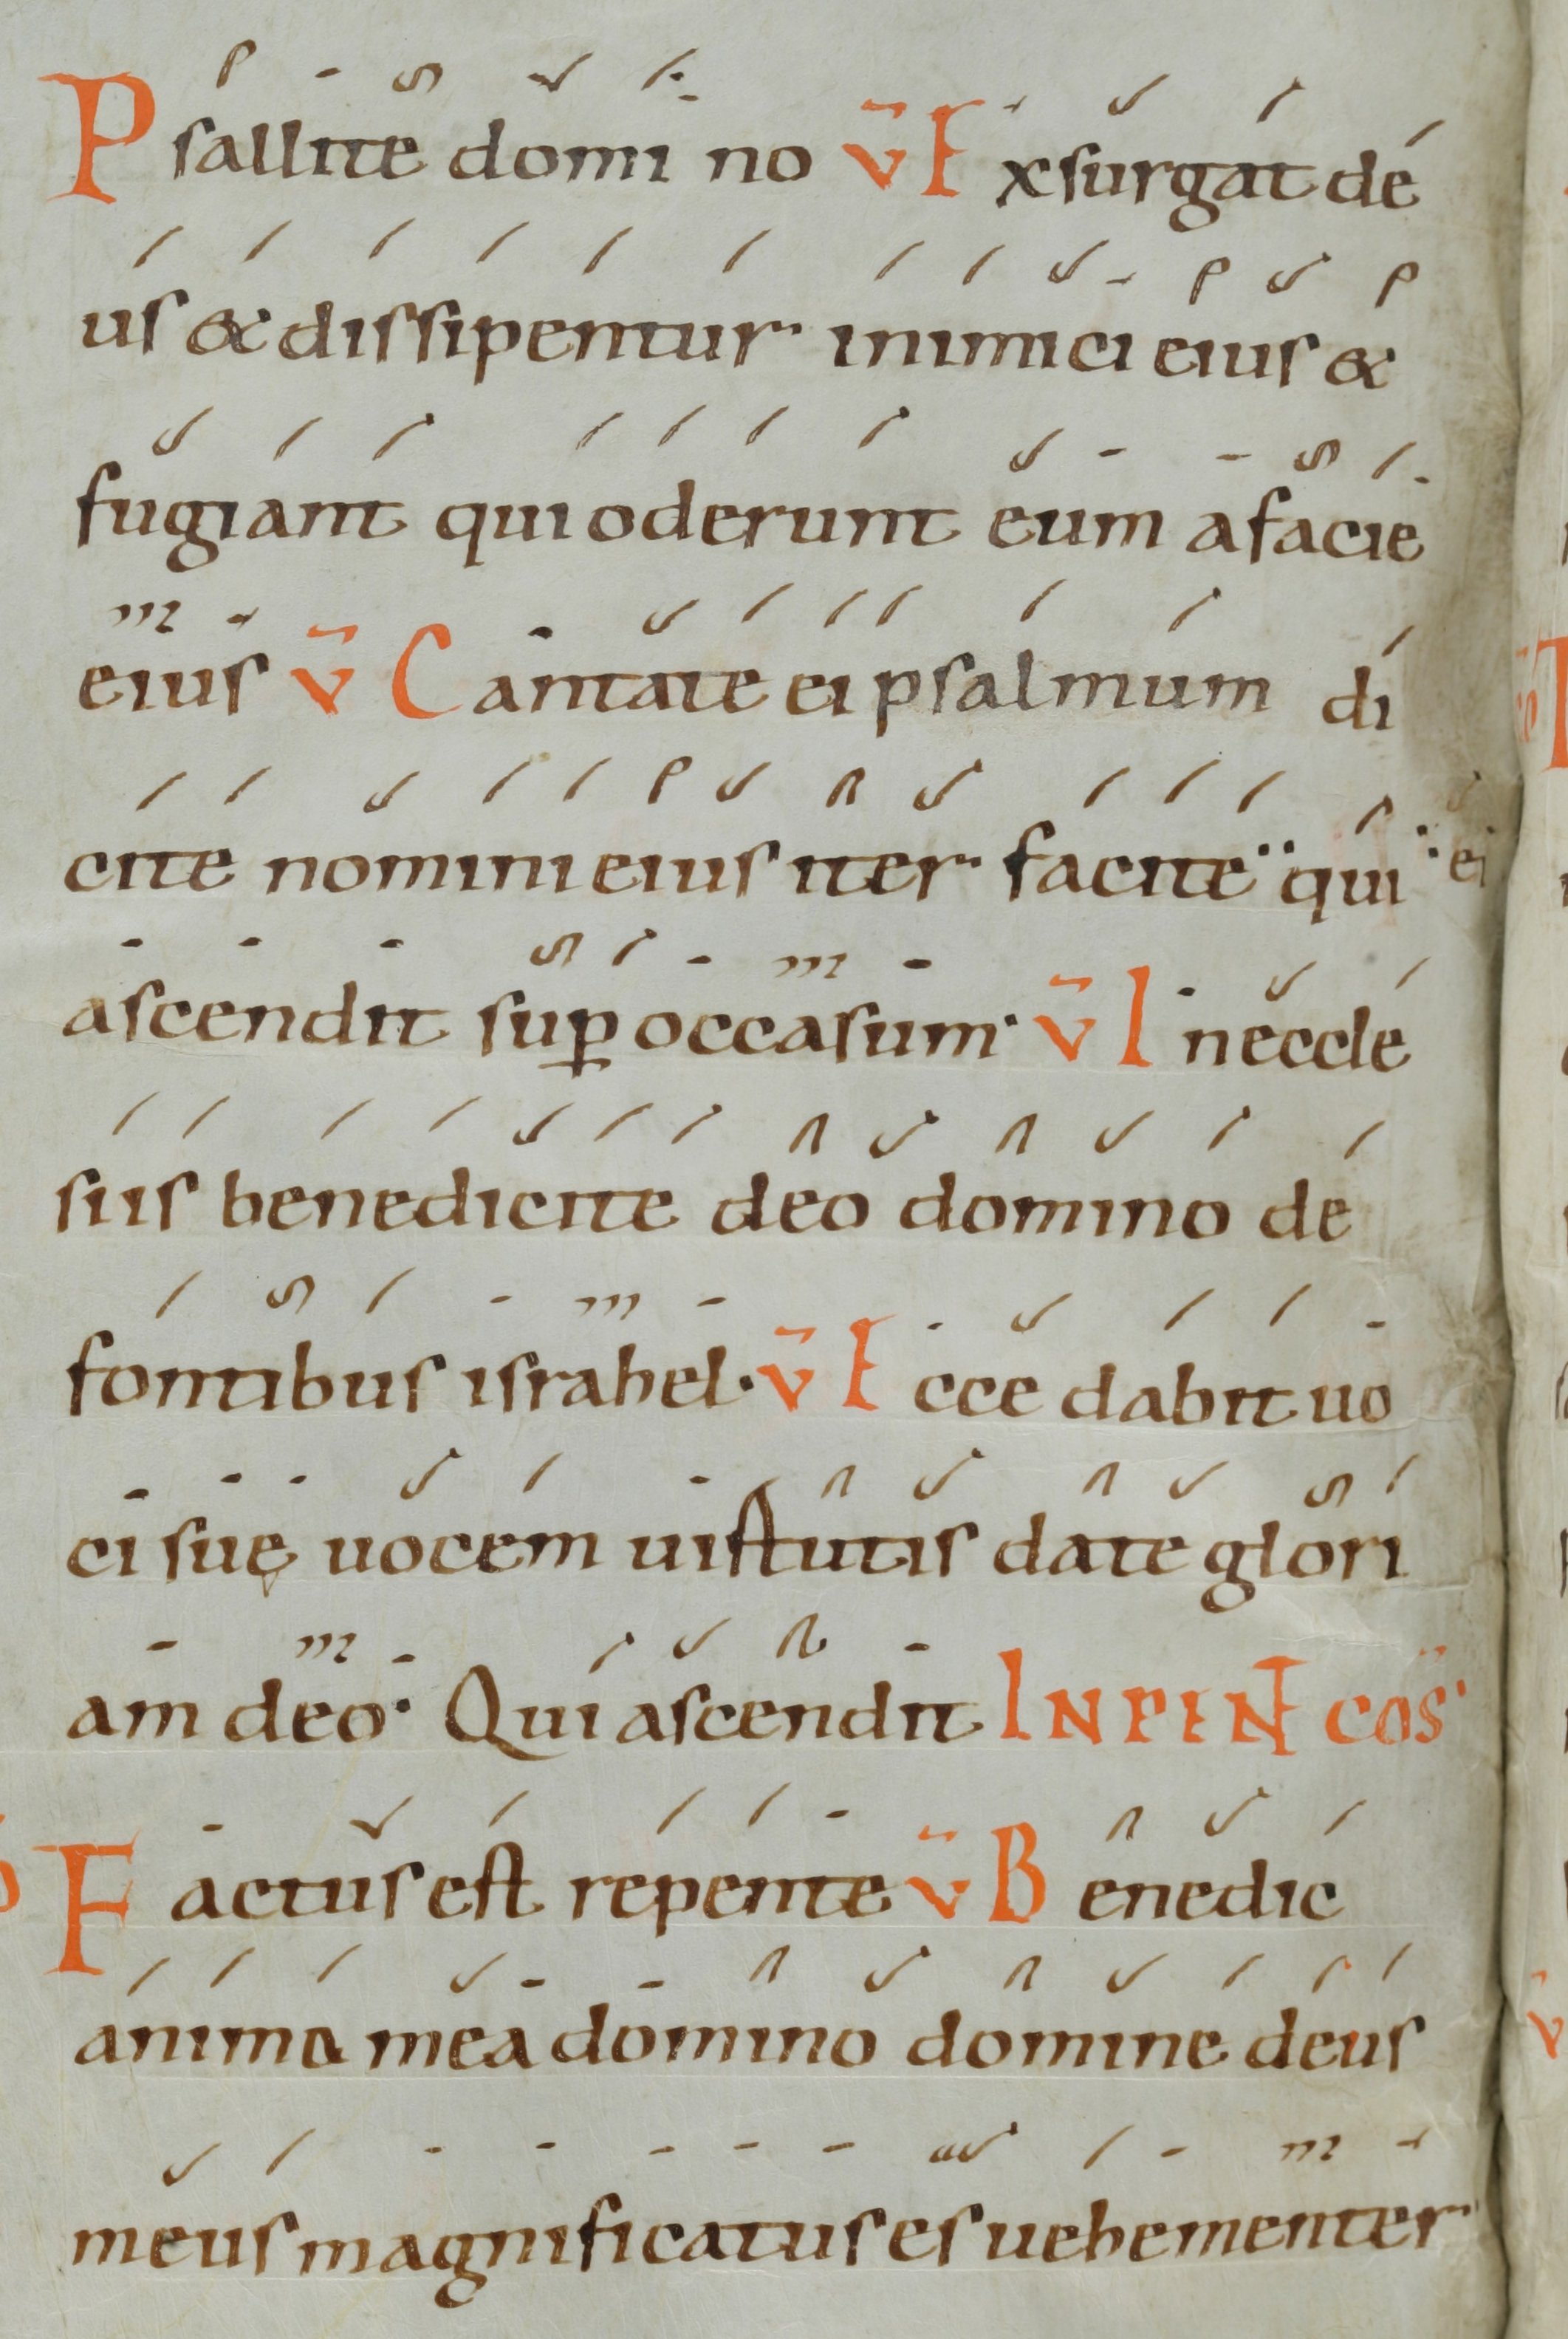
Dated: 1000–1099